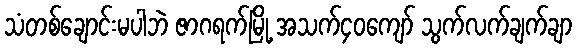
သံတစ်ချောင်းမပါဘဲ ဇာဂရက်မြို့ အသက်၄၀ကျော် သွက်လက်ချက်ချာ